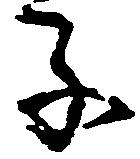
子